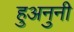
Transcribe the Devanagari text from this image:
हुअनुनी